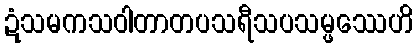
ဍံသမကသဝါတာတပသရီသပသမ္ဖဿေဟိ